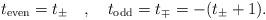
LaTeX: \begin{align*}t_{{\rm even}}=t_{\pm} \quad , \quad t_{{\rm odd}}=t_{\mp}=-(t_{\pm}+1).\end{align*}